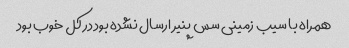
همراه با سیب زمینی سس پنیر ارسال نشده بود در کل خوب بود